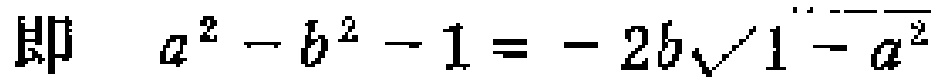
即 \(a^{2}-b^{2}-1=-2b\sqrt{1 - a^{2}}\)